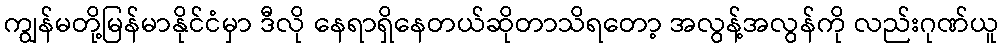
ကျွန်မတို့မြန်မာနိုင်ငံမှာ ဒီလို နေရာရှိနေတယ်ဆိုတာသိရတော့ အလွန့်အလွန်ကို လည်းဂုဏ်ယူ